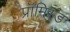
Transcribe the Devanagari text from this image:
प्रॉमिस्ड